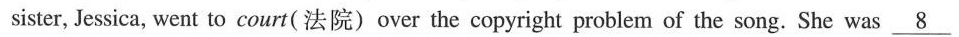
sister, Jessica, went to court(法院) over the copyright problem of the song. She was \underline{8}